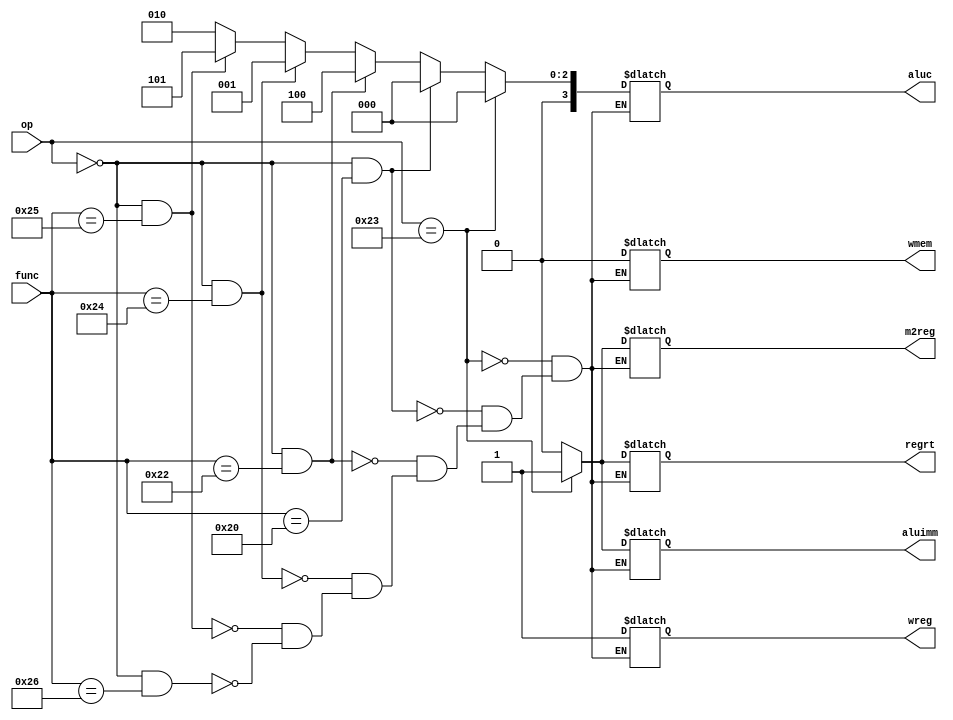
`timescale 1ns / 1ps
//////////////////////////////////////////////////////////////////////////////////
// Company: 
// Engineer: 
// 
// Design Name: 
// Module Name: control_unit
// Project Name: 
// Target Devices: 
// Tool Versions: 
// Description: 
// 
// Dependencies: 
// 
// Revision:
// Revision 0.01 - File Created
// Additional Comments:
// 
//////////////////////////////////////////////////////////////////////////////////


module control_unit(op,func,wreg,m2reg,wmem,aluc,aluimm,regrt);
    input [5:0] op,func;
    output reg wreg;
    output reg m2reg;
    output reg wmem;
    output reg [3:0] aluc;
    output reg aluimm;
    output reg regrt;
    
    always @(*)
    if(op == 6'b100011) // lw
    begin
    wreg <= 1;
    regrt <= 1;
    m2reg <= 1;
    aluimm <= 1;
    aluc <= 4'b0000;
    wmem <= 0;
    end
    else if(op == 6'b000000 && func == 6'b100000) //add
    begin
    regrt<=0;
    aluc<= 4'b0000;
    m2reg<=0;
    wreg<=1;
    aluimm<=0;
    wmem<=0;
    end
    else if(op == 6'b000000 && func == 6'b100010) // sub
    begin
    regrt <= 0;
    aluc <= 4'b0100;
    m2reg <= 0;
    wreg <= 1;
    aluimm <= 0;
    wmem <= 0;
    end
    else if(op == 6'b000000 && func == 6'b100100) //and
    begin
    regrt <= 0;
    aluc <= 4'b0001;
    m2reg <= 0;
    wreg <= 1;
    aluimm <= 0;
    wmem <= 0;
    end
    else if(op == 6'b000000 && func == 6'b100101) //or
    begin
    regrt <= 0;
    aluc <= 4'b0101;
    m2reg <= 0;
    wreg <= 1;
    aluimm <= 0;
    wmem <= 0;
    end
    else if(op == 6'b000000 && func == 6'b100110) //xor
    begin
    regrt <= 0;
    aluc <= 4'b0010;
    m2reg <= 0;
    wreg <= 1;
    aluimm <= 0;
    wmem <= 0;
    end
endmodule